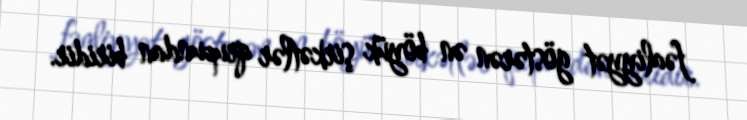
fəaliyyət göstərən ən böyük şirkətlər qrupundan biridir.